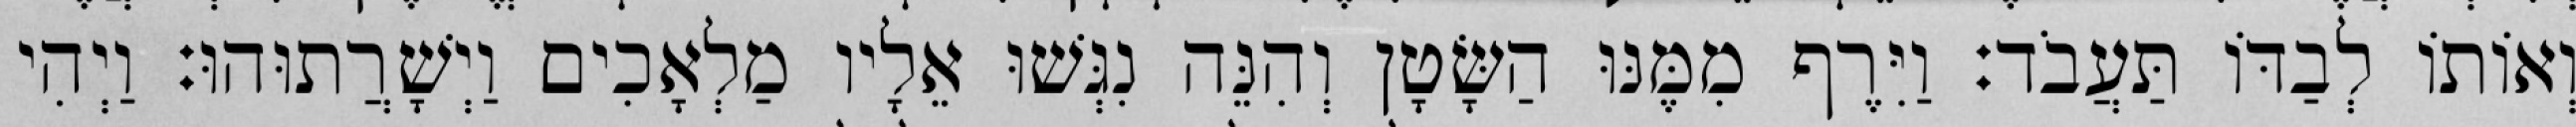
וְאוֹתוֹ לְבַדּוֹ תַּעֲבֹד׃ וַיִּרֶף מִמֶּנּוּ הַשָּׂטָן וְהִנֵּה נִגְּשׁוּ אֵלָיו מַלְאָכִים וַיְשָׁרֲתוּהוּ׃ וַיְהִי